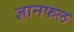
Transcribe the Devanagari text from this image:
ज्ञानफल